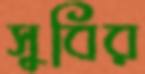
সুবির